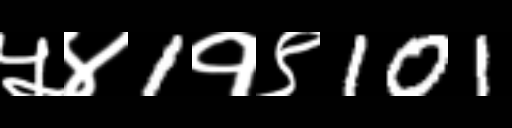
Text: ५४1१९101